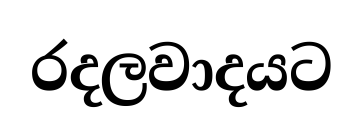
රදලවාදයට